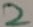
Text: 2